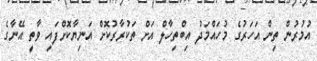
އުމުރުން ތިން އަހަރުގެ މުހައްމަދު އިބްތިހާލް އަށް ތަކުރާރުކޮށް އަނިޔާކޮށްފައި ވާތީ އޭނާގެ